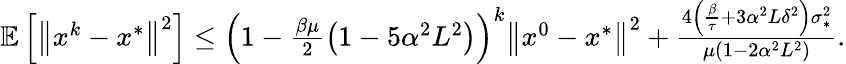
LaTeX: \begin{array}{r}{\mathbb{E}\left[\left\| x^{k}-x^{*}\right\| ^{2}\right]\leq\left(1-\frac{\beta\mu}2\left(1-5\alpha^{2}L^{2}\right)\right)^{k}\left\| x^{0}-x^{*}\right\| ^{2}+\frac{4\left(\frac\beta\tau+3\alpha^{2}L\delta^{2}\right)\sigma_{*}^{2}}{\mu(1-2\alpha^{2}L^{2})}.}\end{array}